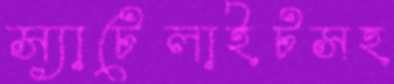
স্যাটেলাইটসহ